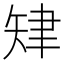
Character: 𦘗